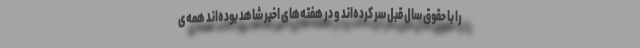
را با حقوق سال قبل سر کرده‌اند و در هفته‌های اخیر شاهد بوده‌اند همه‌ی